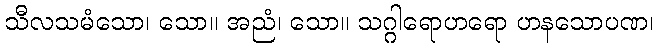
သီလသမံသော၊ သော။ အညံ၊ သော။ သဂ္ဂါရောဟရော ဟနသောပဏ၊